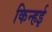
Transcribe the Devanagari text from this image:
किन्हई